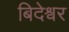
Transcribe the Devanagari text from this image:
बिदेश्वर